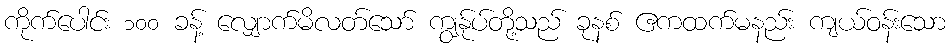
ကိုက်ပေါင်း ၁၀၀ ခန့် လျှောက်မိလတ်သော် ကျွန်ုပ်တို့သည် ခုနစ် ဧကထက်မနည်း ကျယ်ဝန်းသော